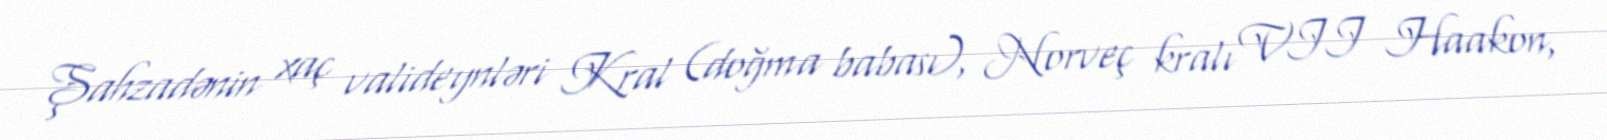
Şahzadənin xaç valideynləri Kral (doğma babası), Norveç kralı VII Haakon,